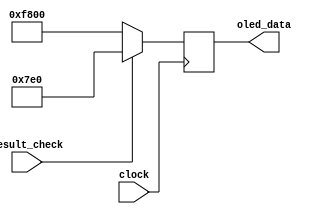
`timescale 1ns / 1ps
//////////////////////////////////////////////////////////////////////////////////
// Company: 
// Engineer: 
// 
// Design Name: 
// Module Name: Coin_Result
// Project Name: 
// Target Devices: 
// Tool Versions: 
// Description: 
// 
// Dependencies: 
// 
// Revision:
// Revision 0.01 - File Created
// Additional Comments:
// 
//////////////////////////////////////////////////////////////////////////////////


module Coin_Result(
    input clock,
    input result_check,
    output reg [15:0] oled_data
    );
    
    always @ (posedge clock)
    begin
    
    if (result_check)
        begin
        oled_data <= 16'b00000_111111_00000; //Green
        end
    
    else
        begin
        oled_data <= 16'b11111_000000_00000; //Red
        end   
      
    end
    
endmodule